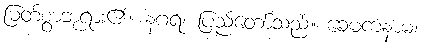
မြတ်စွာဘုရား၏။ နဂရံ၊ ပြည်တော်သည်။ ခေမကံနာမ၊